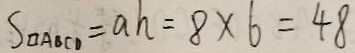
S _ { \square A B C D } = a h = 8 \times 6 = 4 8